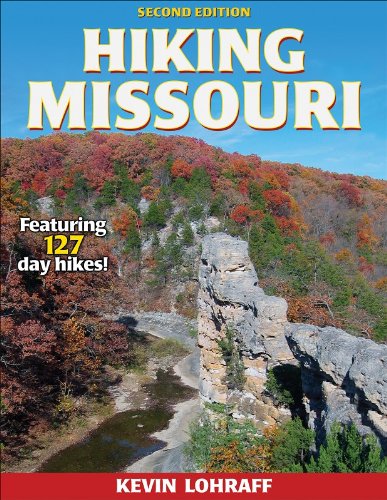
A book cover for Hiking Missouri - 2nd Edition (America's Best Day Hiking); Kevin Lohraff; Travel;